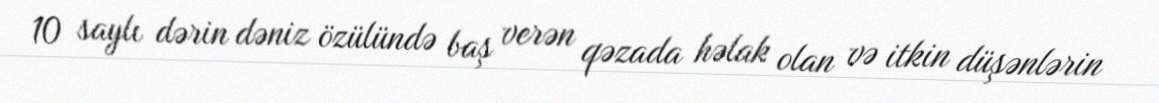
10 saylı dərin dəniz özülündə baş verən qəzada həlak olan və itkin düşənlərin